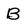
Character: B